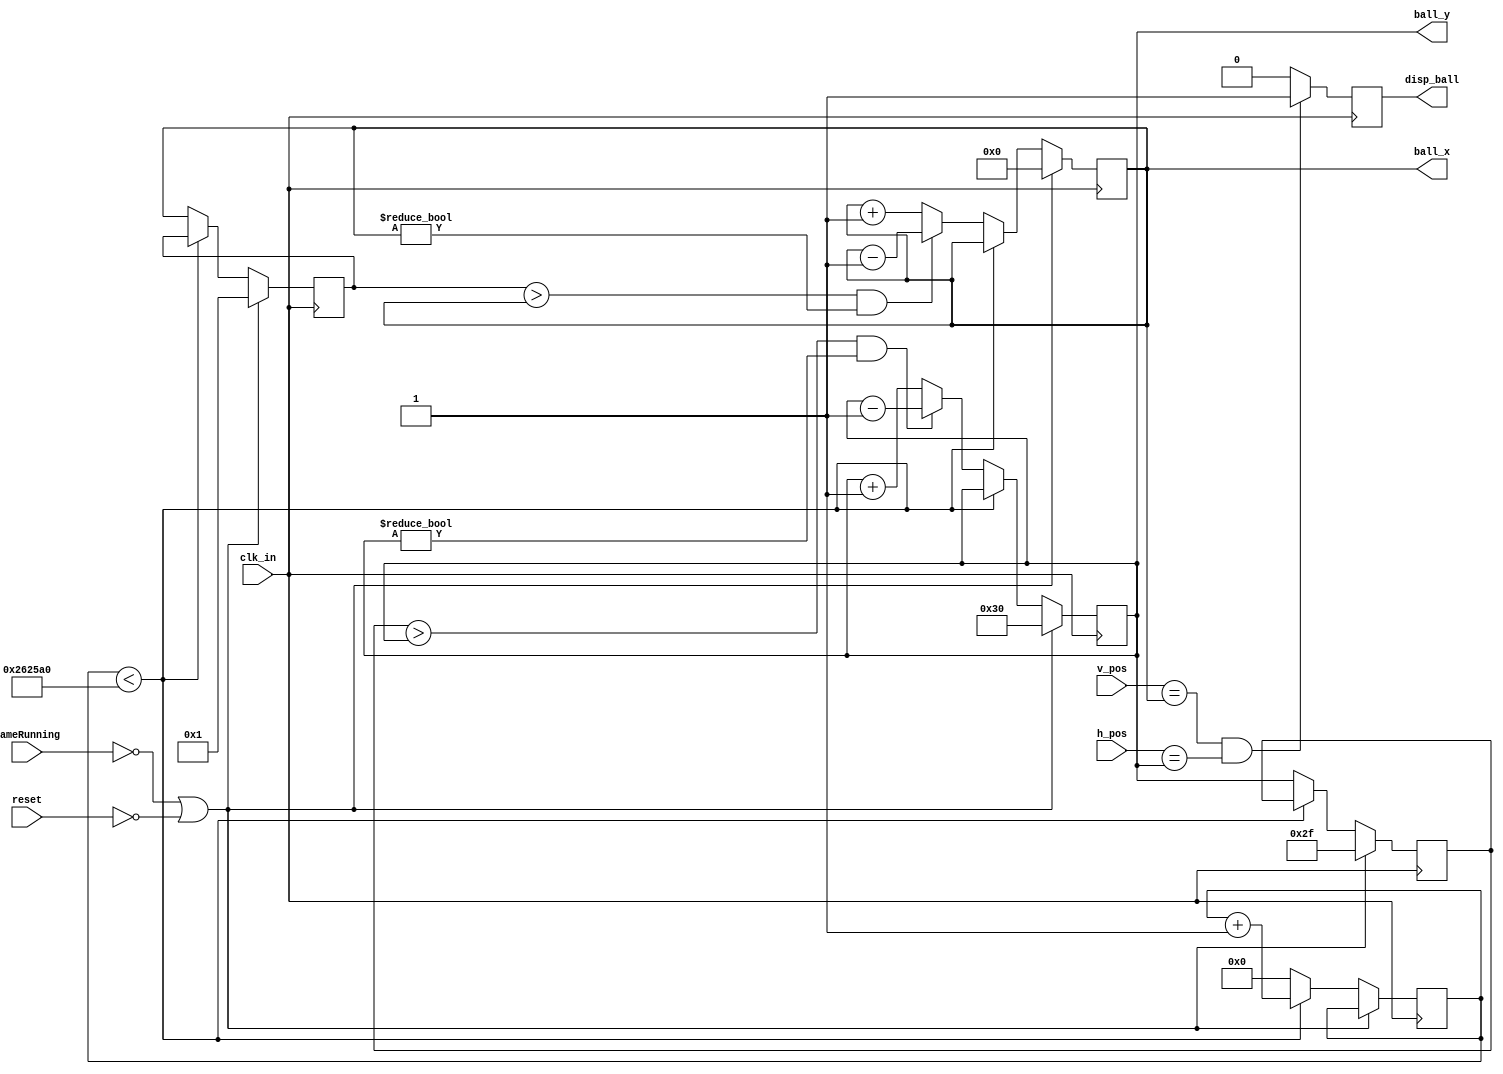
module ball_ctrl(clk_in,reset,gameRunning,h_pos,v_pos,disp_ball,ball_x,ball_y);
input clk_in,reset,gameRunning;
input [5:0]h_pos;
input [5:0]v_pos;
output reg disp_ball;
output reg [5:0]ball_x = 0;
output reg [5:0]ball_y = 0;

parameter ball_width = 16;
parameter ball_height = 16;
parameter screenWidth = 640;
parameter screenHeight = 480;
parameter waitCycles = 2500000;

reg [5:0]  ball_x_p = 0;
reg [5:0]  ball_y_p = 0;
reg [21:0] count_clk = 0;
 
always @(posedge clk_in)
begin
	if (!gameRunning || !reset)
	begin
		ball_x <= screenWidth/2;
		ball_y <= screenHeight/2;
		ball_x_p <= screenWidth/2 + 1;
		ball_y_p <= screenHeight/2 - 1;
	end
 
	else
	begin
		if (count_clk < waitCycles)			//to control speed of ball
			count_clk <= count_clk + 1;
		else
		begin
			count_clk <= 0;
	 
			ball_x_p <= ball_x;
			ball_y_p <= ball_y;

			if ((ball_x_p < ball_x && ball_x == screenWidth-1) || (ball_x_p > ball_x && ball_x != 0))
				ball_x <= ball_x - 1;
			else
				ball_x <= ball_x + 1;
			if ((ball_y_p < ball_y && ball_y == screenHeight-1) || (ball_y_p > ball_y && ball_y != 0))
				ball_y <= ball_y - 1;
			else
				ball_y <= ball_y + 1;
		end
	end
end 


always @(posedge clk_in)
begin
	if (v_pos == ball_x && h_pos == ball_y)
		disp_ball <= 1'b1;
	else
		disp_ball <= 1'b0;
end
endmodule